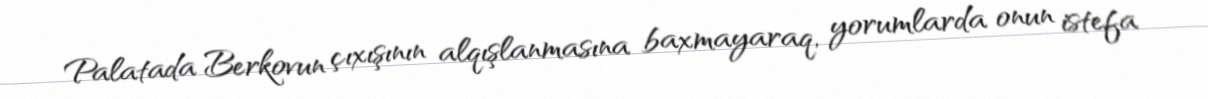
Palatada Berkovun çıxışının alqışlanmasına baxmayaraq, yorumlarda onun istefa